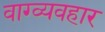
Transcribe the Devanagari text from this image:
वाग्व्यवहार